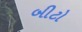
બીટો